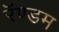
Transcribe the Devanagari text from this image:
रॅण्डम